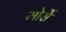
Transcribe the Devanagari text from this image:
मोर्से